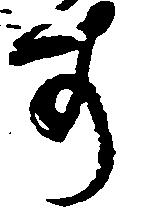
す